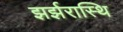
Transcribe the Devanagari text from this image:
झर्झरास्थि